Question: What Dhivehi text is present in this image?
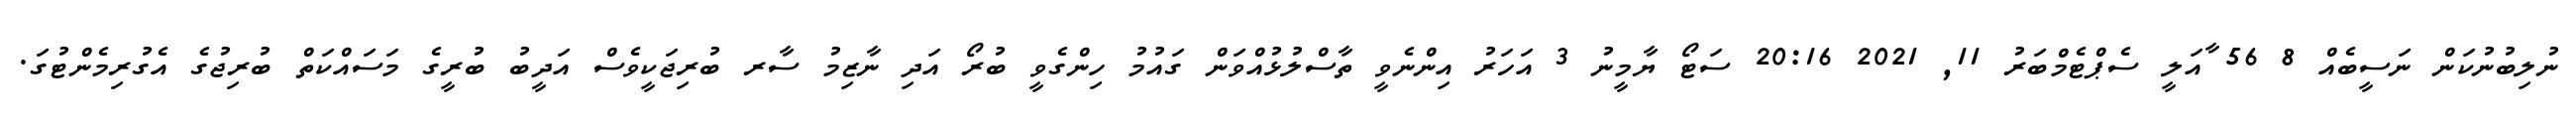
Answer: ނުލިބުނުކަން ނަސީބެއް 8 56 ާއަލީ ސެޕްޓެމްބަރު 11, 2021 20:16 ސަޓޯ ޔާމީނު 3 އަހަރު އިންނެވީ ތާސްލުޅުއްވަން ގައުމު ހިންގެވީ ބުރޯ އަދި ނާޒިމު ސާރ ބުރިޖަކީވެސް އަދީބު ބުރީގެ މަސައްކަތް ބުރިޖުގެ އެގުރިމެންޓުގަ.